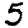
Digit: 5